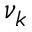
\nu _ { k }